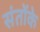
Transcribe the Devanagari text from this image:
संतोंके